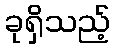
ခုရှိသည့်